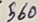
Text: 560